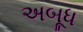
અબૂધ